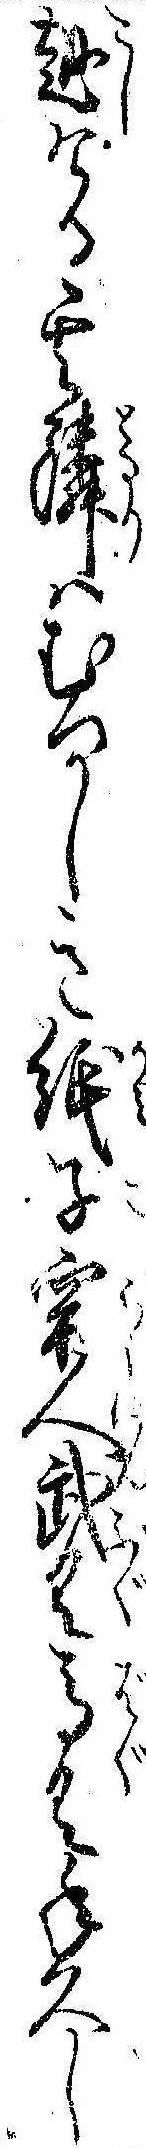
越ける其隣はむつかしき紙子牢人武具馬具年久し